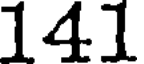
141